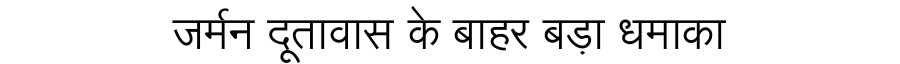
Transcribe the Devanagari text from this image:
जर्मन दूतावास के बाहर बड़ा धमाका